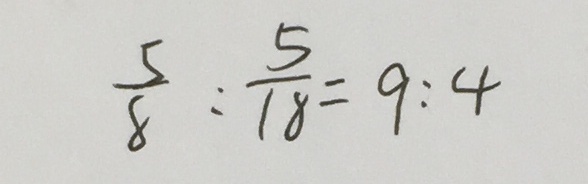
\frac { 5 } { 8 } : \frac { 5 } { 1 8 } = 9 : 4